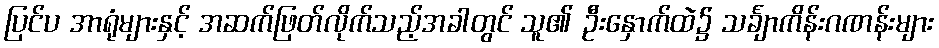
ပြင်ပ အာရုံများနှင့် အဆက်ဖြတ်လိုက်သည့်အခါတွင် သူ၏ ဦးနှောက်ထဲ၌ သင်္ချာကိန်းဂဏန်းများ